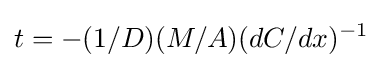
t=-(1/D)(M/A)(dC/dx)^{-1}